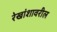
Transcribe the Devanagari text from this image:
रेखांशावरील